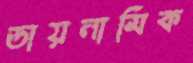
ডায়নামিক